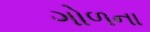
ગોળના